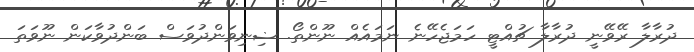
ދުރާލާ ރޭވޭނީ ދުރާލާ ޗުއްޓީ ހަމަޖެހޭނެ ނަމައެއް ނޫންތޯޯ. ޟިނިވަންދުވަސް ބަންދުވާކަން ނޫވަތަ